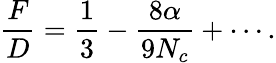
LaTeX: \frac{F}{D}=\frac{1}{3}-\frac{8\alpha}{9N_{c}}+\cdots.